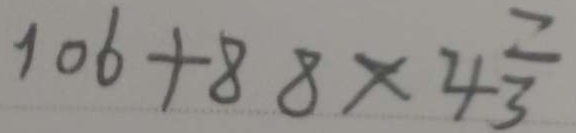
1 0 6 + 8 8 \times 4 \frac { 7 } { 3 }